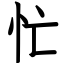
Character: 忙